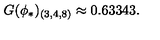
G ( \phi _ { * } ) _ { ( 3 , 4 , 8 ) } \approx 0 . 6 3 3 4 3 .